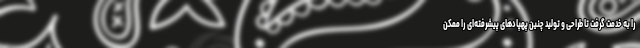
را به خدمت گرفت تا طراحی و تولید چنین پهپادهای پیشرفته‌ای را ممکن